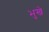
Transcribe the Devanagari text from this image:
भुखे